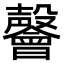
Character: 𭯅